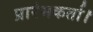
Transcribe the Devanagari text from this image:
प्रारंभकर्ता।